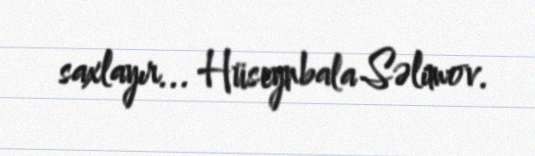
saxlayır... Hüseynbala Səlimov.